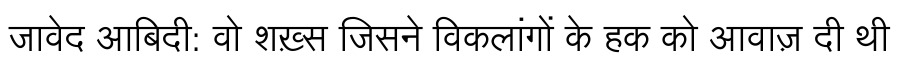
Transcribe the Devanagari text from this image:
जावेद आबिदी: वो शख़्स जिसने विकलांगों के हक को आवाज़ दी थी